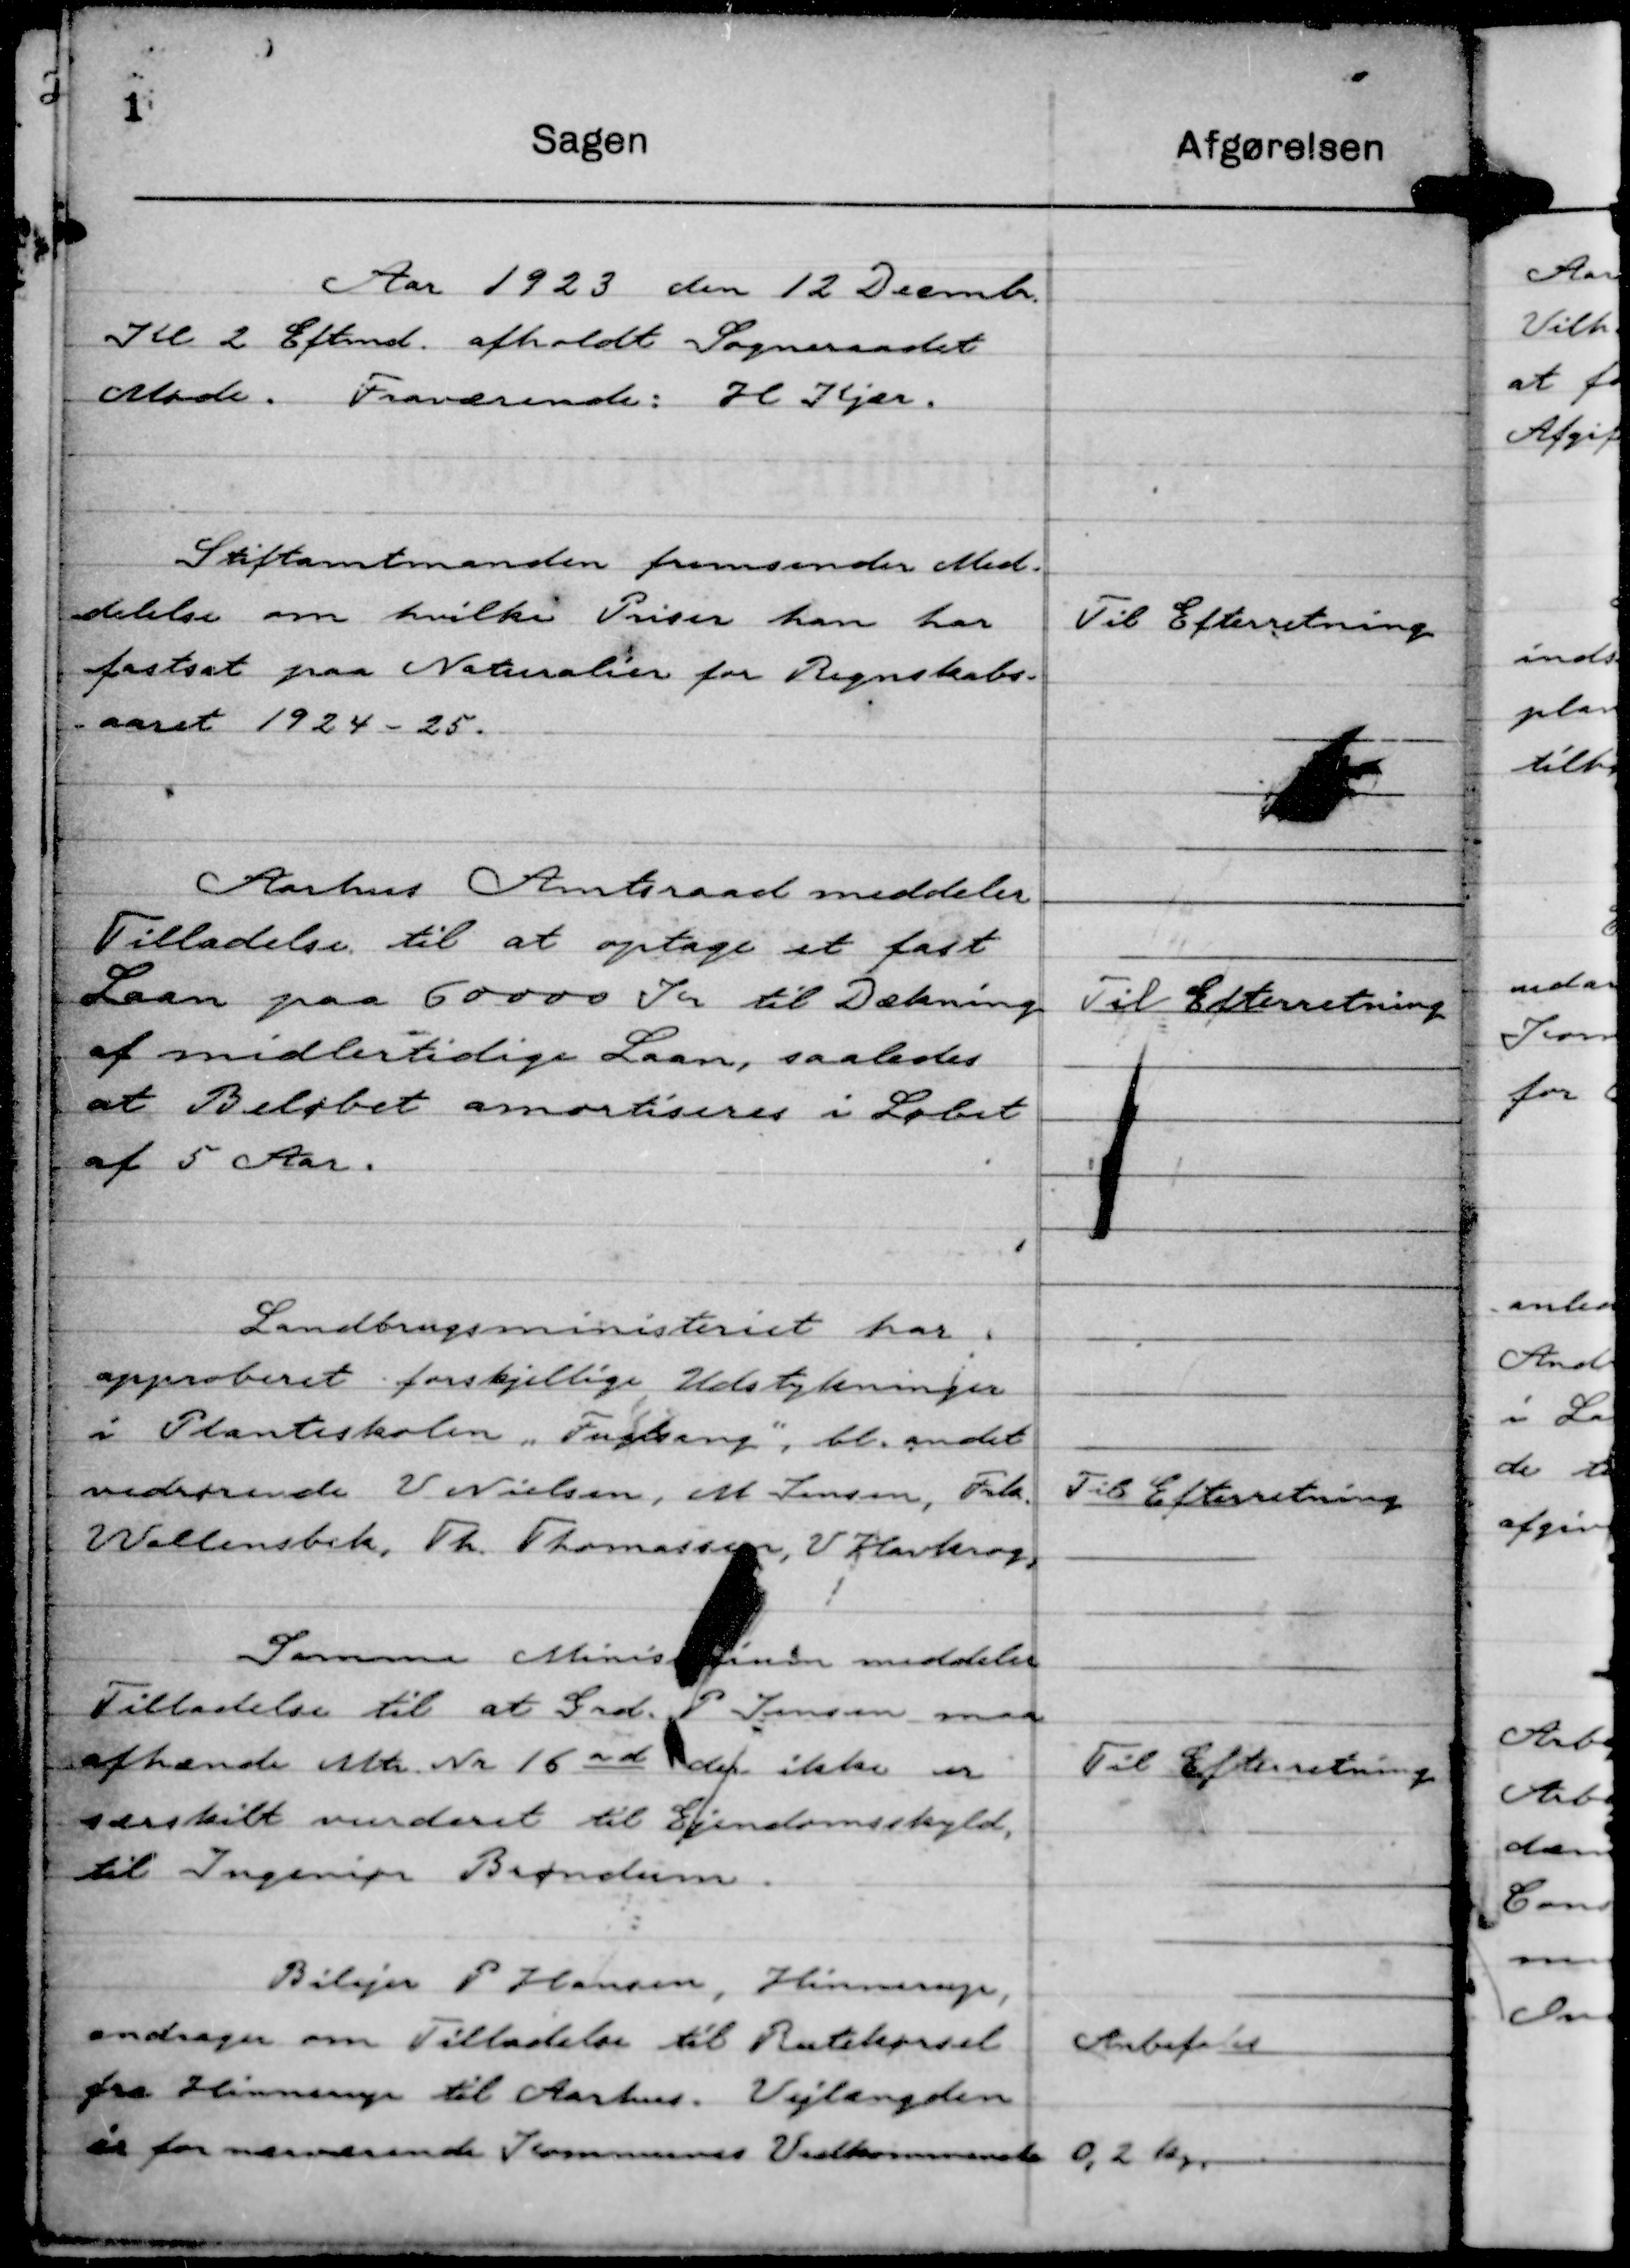
Transskription:
Aar 1923 den 12 Decmbr.
Kl 2 Eftmd. afholdt Sogneraadet
Møde. Fraværende: H Kjær.

Stiftamtmanden fremsender Med-
delelse om hvilke Priser han har
fastsat paa Naturalier for Regnskabs-
aaret 1924 - 25.

Til Efterretning

Aarhus Amtsraad meddeler
Tilladelse til at optage et fast
Laan paa 60000 Kr til Dækning
af midlertidige Laan, saaledes
at Beløbet amortiseres i Løbet
af 5 Aar.

Til Efterretning

Landbrugsministeriet har
approberet forskjellige Udstykninger
i Planteskolen "Fuglsang,"
bl. andet
vedrørende V Nielsen, M Jensen, Frk
Wallensbek, Th. Thomassen, V Havkrog,

Til Efterretning

Samme Ministerium meddeler
Tilladelse til at Gdr. P. Jensen maa
afhænde Mtr. Nr 16 ad der ikke er
særskilt vurderet til Ejendomsskyld,
til Ingeniør Brøndum.

Til Efteretning

Bilejer P Hansen, Hinnerup,
andrager om Tilladelse til Rutekørsel
fra Hinnerup til Aarhus. Vejlængden
er for nærværende Kommunes Vedkommende 0,2 Km

Anbefales